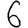
Digit: 6